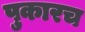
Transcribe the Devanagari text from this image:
पुकारच